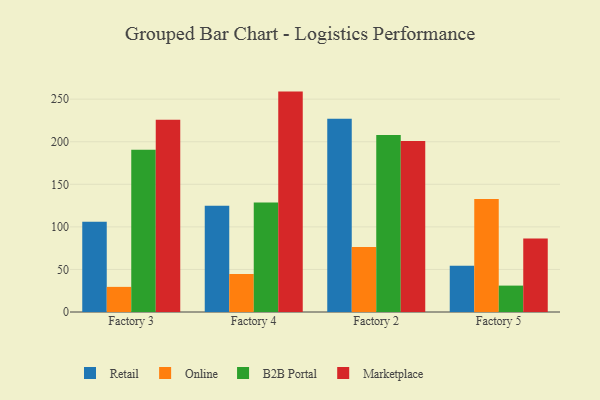
{"axis": {"x": "Factory", "y": "Demand Index"}, "legend": ["B2B Portal", "Marketplace", "Online", "Retail"], "data": [{"x": "Factory 3", "y": 105.9, "type": "Retail"}, {"x": "Factory 3", "y": 29.5, "type": "Online"}, {"x": "Factory 3", "y": 190.5, "type": "B2B Portal"}, {"x": "Factory 3", "y": 225.8, "type": "Marketplace"}, {"x": "Factory 4", "y": 124.9, "type": "Retail"}, {"x": "Factory 4", "y": 44.7, "type": "Online"}, {"x": "Factory 4", "y": 128.6, "type": "B2B Portal"}, {"x": "Factory 4", "y": 258.9, "type": "Marketplace"}, {"x": "Factory 2", "y": 227.1, "type": "Retail"}, {"x": "Factory 2", "y": 76.4, "type": "Online"}, {"x": "Factory 2", "y": 207.8, "type": "B2B Portal"}, {"x": "Factory 2", "y": 200.8, "type": "Marketplace"}, {"x": "Factory 5", "y": 54.3, "type": "Retail"}, {"x": "Factory 5", "y": 132.6, "type": "Online"}, {"x": "Factory 5", "y": 31.0, "type": "B2B Portal"}, {"x": "Factory 5", "y": 86.4, "type": "Marketplace"}]}